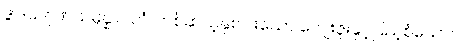
ဒွါဒသဂုဏသမ္ပန္နာဂတံ၊ တစ်ဆယ့်နှစ်ပါးသော ကျေးဇူးနှင့်ပြည့်စုံသော။